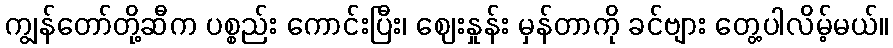
ကျွန်တော်တို့ဆီက ပစ္စည်း ကောင်းပြီး၊ ဈေးနှုန်း မှန်တာကို ခင်ဗျား တွေ့ပါလိမ့်မယ်။